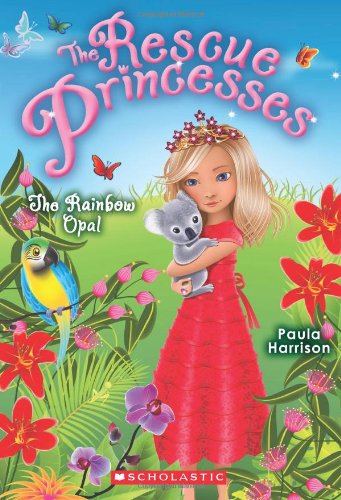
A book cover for Rescue Princesses #11: the Rainbow Opal; Paula Harrison; Children's Books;